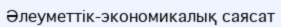
Әлеуметтік-экономикалық саясат